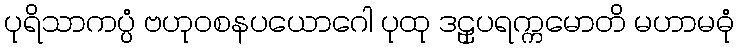
ပုရိသာကပ္ပံ ဗဟုဝစနပယောဂေါ ပုထု ဒဠှပရက္ကမောတိ မဟာမဓုံ